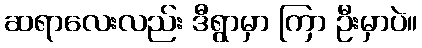
ဆရာလေးလည်း ဒီရွာမှာ ကြာ ဦးမှာပဲ။